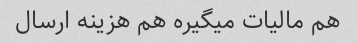
هم مالیات میگیره هم هزینه ارسال